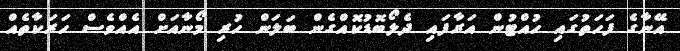
އޭނާގެ ފަހަތުގައި ހުއްޓުން އަރާފައި ދެލޯބޮޑުކޮއްގެން ބަލަން ހުރި މޯނާއަށް އެއްވެސް ހަރަކާތެއް